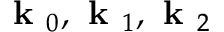
\textbf { k } _ { 0 } , \textbf { k } _ { 1 } , \textbf { k } _ { 2 }